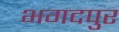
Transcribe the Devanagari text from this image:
भगदपुर